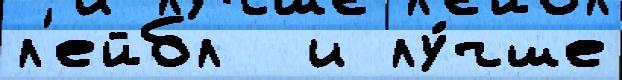
л'ейбл  и лу́чше